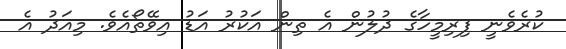
ކުރެވެނީ ފިރިމީހާގެ ދުލުން އެ ތިން އަކުރު އަޑު އިވޭތޯއެވެ. މިއަދު އެ